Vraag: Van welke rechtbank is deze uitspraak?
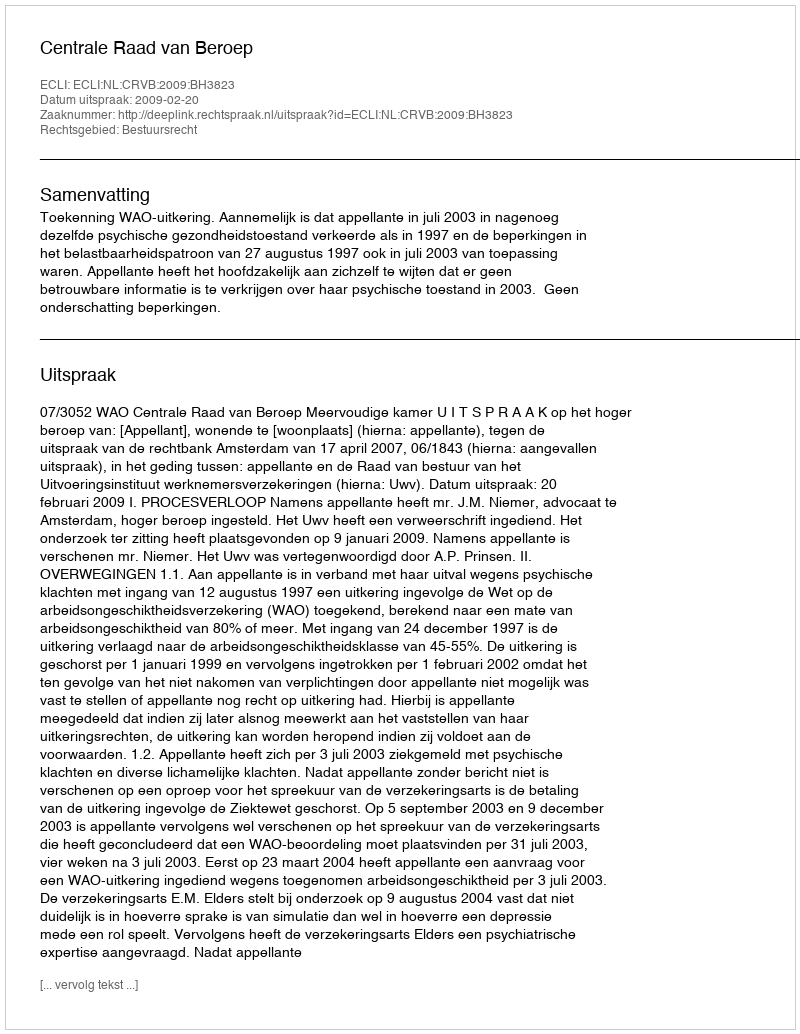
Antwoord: Centrale Raad van Beroep